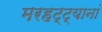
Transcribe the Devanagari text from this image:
मरहट्ट्यानां